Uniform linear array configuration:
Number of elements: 48
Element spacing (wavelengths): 0.75
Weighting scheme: hann
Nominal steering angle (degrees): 60
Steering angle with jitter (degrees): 58.107
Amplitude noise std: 0.05
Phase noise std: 0.05

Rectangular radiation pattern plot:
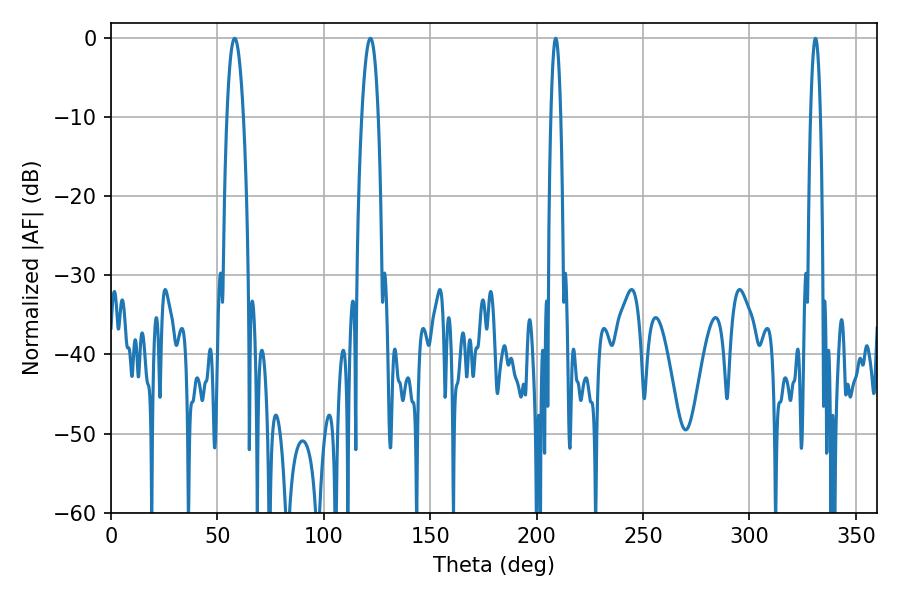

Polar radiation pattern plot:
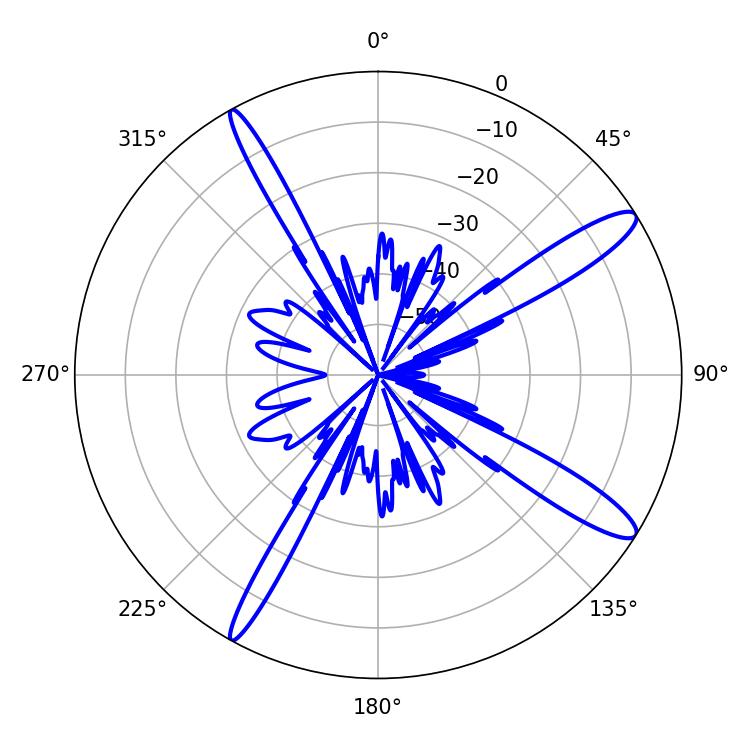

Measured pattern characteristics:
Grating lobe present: TRUE
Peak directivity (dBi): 13.458
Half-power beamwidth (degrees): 2.52
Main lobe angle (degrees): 208.98